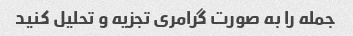
جمله را به صورت گرامری تجزیه و تحلیل کنید